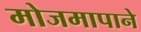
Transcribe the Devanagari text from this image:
मोजमापाने